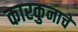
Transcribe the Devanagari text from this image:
कारकुनाचे